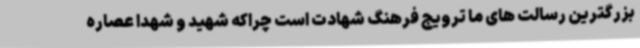
بزرگترین رسالت های ما ترویج فرهنگ شهادت است چراکه شهید و شهدا عصاره